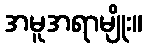
အမူအရာမျိုး။